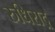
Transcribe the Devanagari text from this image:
रुधिराद्र्र